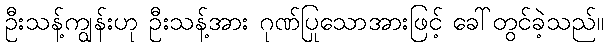
ဦးသန့်ကျွန်းဟု ဦးသန့်အား ဂုဏ်ပြုသောအားဖြင့် ခေါ်တွင်ခဲ့သည်။